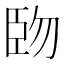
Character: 𫇅